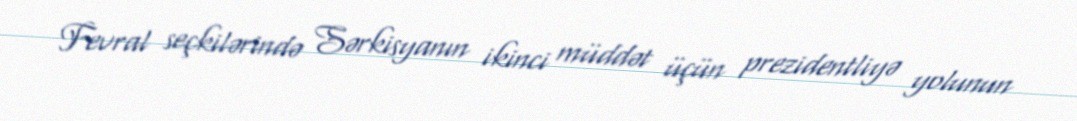
Fevral seçkilərində Sərkisyanın ikinci müddət üçün prezidentliyə yolunun